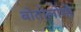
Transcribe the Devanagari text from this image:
बोतोलोमो